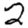
Digit: 2